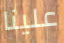
علينا